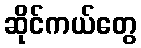
ဆိုင်ကယ်တွေ